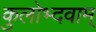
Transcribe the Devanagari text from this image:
कुलोभ्दवाम्